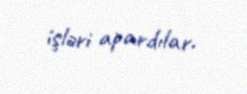
işləri apardılar.